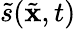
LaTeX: \tilde{s}(\tilde{{\mathbf x}},t)